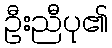
ဦးညီပု၏